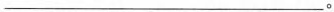
___。